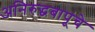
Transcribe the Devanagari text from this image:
अनिरुद्धबापूंचे